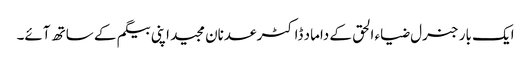
ایک بار جنرل ضیاء الحق کے داماد ڈاکٹر عدنان مجید اپنی بیگم کے ساتھ آئے۔